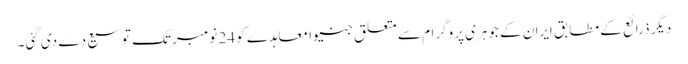
دیگر ذرائع کے مطابق ایران کے جوہری پروگرام سے متعلق جنیوا معاہدے کو 24 نومبر تک توسیع دے دی گئی۔